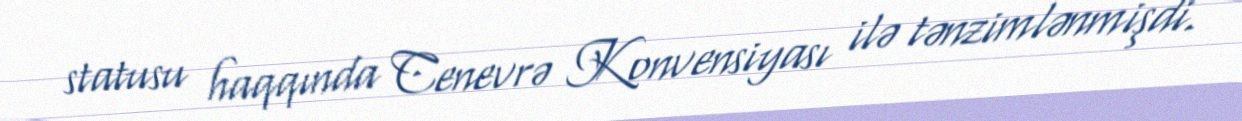
statusu haqqında Cenevrə Konvensiyası ilə tənzimlənmişdi.